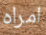
امراه